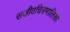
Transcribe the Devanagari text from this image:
सजीवचित्रमालिका